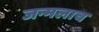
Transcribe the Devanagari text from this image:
जन्मलाच